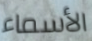
الأسماء